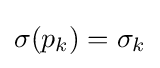
\sigma (p_{k})=\sigma _{k}